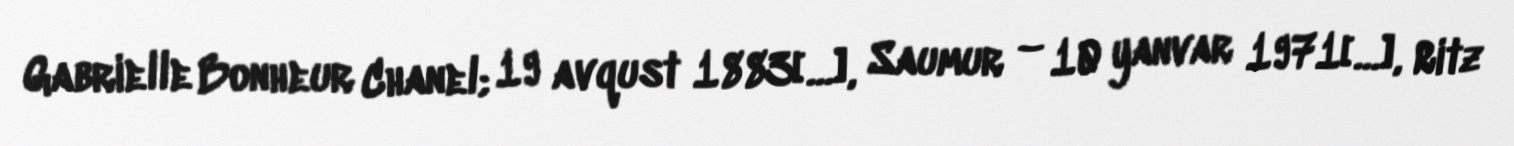
Gabrielle Bonheur Chanel; 19 avqust 1883[…], Saumur – 10 yanvar 1971[…], Ritz